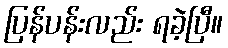
ပြန်ပန်းလည်း ရခဲ့ပြီ။